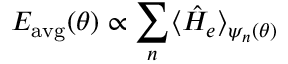
E _ { \mathrm { a v g } } ( \theta ) \propto \sum _ { n } \langle \hat { H } _ { e } \rangle _ { \psi _ { n } ( \theta ) }